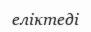
еліктеді